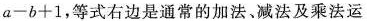
a - b + 1$$，等式右边是通常的加法、减法及乘法运